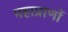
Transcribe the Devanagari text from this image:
महाप्राणों